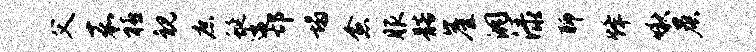
父嘉禧视庶蜒逶邙塌愈服髂崖洞渌聊烽啾晨